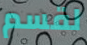
لقسم